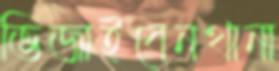
ভিজাইবেনথানা